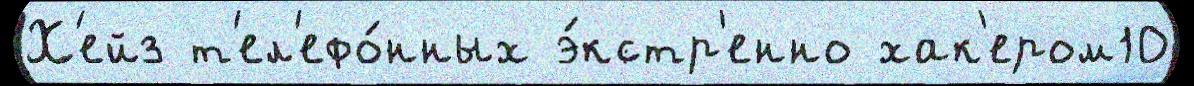
Х'ейз т'ел'ефо́нных э́кстр'енно хак'ером10